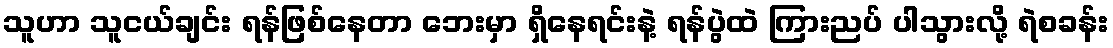
သူဟာ သူငယ်ချင်း ရန်ဖြစ်နေတာ ဘေးမှာ ရှိနေရင်းနဲ့ ရန်ပွဲထဲ ကြားညပ် ပါသွားလို့ ရဲစခန်း